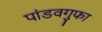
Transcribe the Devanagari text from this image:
पांडवगुफा